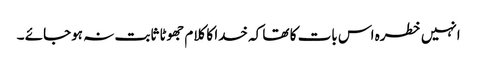
انہیں خطرہ اس بات کا تھا کہ خدا کا کلام جھوٹا ثابت نہ ہوجائے ۔